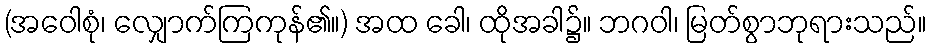
(အဝေါစုံ၊ လျှောက်ကြကုန်၏။) အထ ခေါ၊ ထိုအခါ၌။ ဘဂဝါ၊ မြတ်စွာဘုရားသည်။